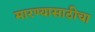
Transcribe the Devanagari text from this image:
मारण्यासाठीचा